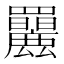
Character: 𦍄